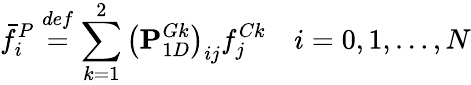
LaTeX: \bar{f}_{i}^{P}\overset{def}{=}\sum_{k=1}^{2}\left(\mathbf{P}_{1D}^{Gk}\right)_{ij}f_{j}^{Ck}\quad i=0,1,\ldots,N